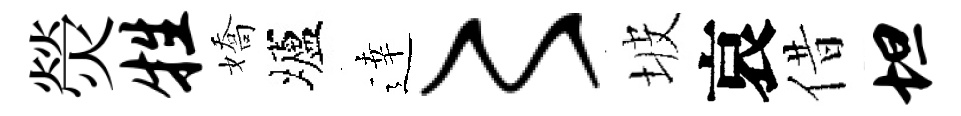
熒牲嬌壚逹〻坡哀借坦